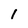
Character: 1